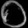
Digit: ၀